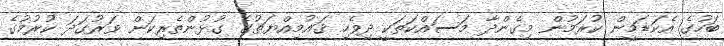
ބަހުގެ އެކަޑަމީން ކުރަމުން މިގެންދާ މަސައްކަތަކީ ދިވެހި ޤައުމިއްޔަތުގެ ގުޅުންތެރިކަން ވަރުގަދަ ކުރުމުގެ